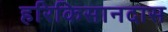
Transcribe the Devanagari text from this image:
हरिकिसानदास